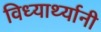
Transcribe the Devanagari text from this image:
विध्यार्थ्यानी